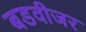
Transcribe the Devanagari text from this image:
बडवीजर